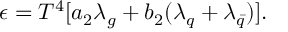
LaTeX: \epsilon = T ^ { 4 } [ a _ { 2 } \lambda _ { g } + b _ { 2 } ( \lambda _ { q } + \lambda _ { \bar { q } } ) ] .